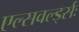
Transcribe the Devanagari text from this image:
एल्सवर्ल्ड्सः